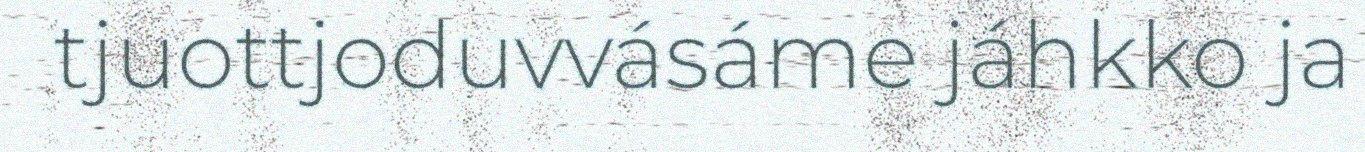
tjuottjoduvvásáme jáhkko ja